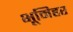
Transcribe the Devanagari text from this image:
भूमिहर